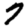
Digit: 7